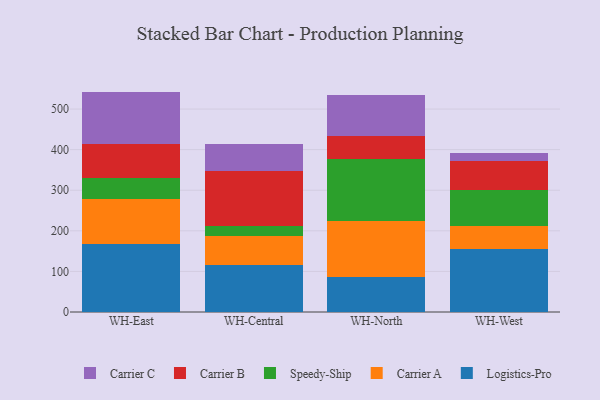
{"axis": {"x": "Warehouse", "y": "Demand Index"}, "legend": ["Carrier A", "Carrier B", "Carrier C", "Logistics-Pro", "Speedy-Ship"], "data": [{"x": "WH-East", "y": 167.5, "type": "Logistics-Pro"}, {"x": "WH-East", "y": 111.9, "type": "Carrier A"}, {"x": "WH-East", "y": 50.7, "type": "Speedy-Ship"}, {"x": "WH-East", "y": 83.2, "type": "Carrier B"}, {"x": "WH-East", "y": 129.7, "type": "Carrier C"}, {"x": "WH-Central", "y": 116.3, "type": "Logistics-Pro"}, {"x": "WH-Central", "y": 70.3, "type": "Carrier A"}, {"x": "WH-Central", "y": 25.4, "type": "Speedy-Ship"}, {"x": "WH-Central", "y": 136.4, "type": "Carrier B"}, {"x": "WH-Central", "y": 64.6, "type": "Carrier C"}, {"x": "WH-North", "y": 85.3, "type": "Logistics-Pro"}, {"x": "WH-North", "y": 139.6, "type": "Carrier A"}, {"x": "WH-North", "y": 151.0, "type": "Speedy-Ship"}, {"x": "WH-North", "y": 56.5, "type": "Carrier B"}, {"x": "WH-North", "y": 103.4, "type": "Carrier C"}, {"x": "WH-West", "y": 154.9, "type": "Logistics-Pro"}, {"x": "WH-West", "y": 56.4, "type": "Carrier A"}, {"x": "WH-West", "y": 89.2, "type": "Speedy-Ship"}, {"x": "WH-West", "y": 72.0, "type": "Carrier B"}, {"x": "WH-West", "y": 18.8, "type": "Carrier C"}]}